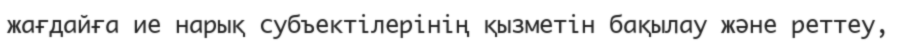
жағдайға ие нарық субъектілерінің қызметін бақылау және реттеу,